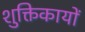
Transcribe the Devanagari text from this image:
शुक्तिकायों